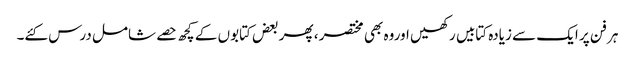
ہر فن پر ایک سے زیادہ کتابیں رکھیں اوروہ بھی مختصر ، پھر بعض کتابوں کے کچھ حصے شامل درس کئے۔